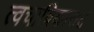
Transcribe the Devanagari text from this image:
त्वचाविकारात